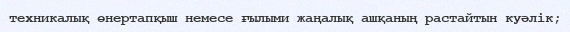
техникалық өнертапқыш немесе ғылыми жаңалық ашқаның растайтын куәлік;